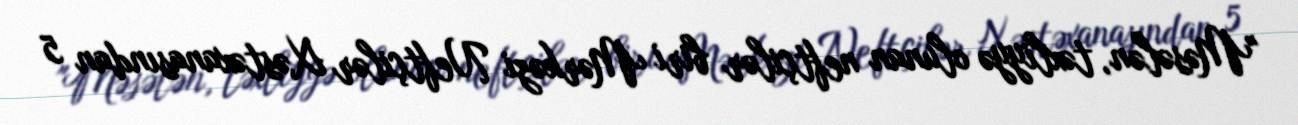
"Məsələn, təxliyyə olunan neftçilər biri Mərkəzi Neftçilər Xəstəxanasından 5